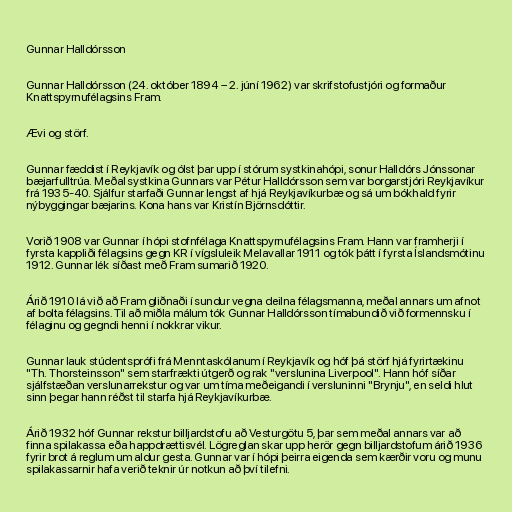
Gunnar Halldórsson

Gunnar Halldórsson (24. október 1894 – 2. júní 1962) var skrifstofustjóri og formaður
Knattspyrnufélagsins Fram.

Ævi og störf.

Gunnar fæddist í Reykjavík og ólst þar upp í stórum systkinahópi, sonur Halldórs Jónssonar
bæjarfulltrúa. Meðal systkina Gunnars var Pétur Halldórsson sem var borgarstjóri Reykjavíkur
frá 1935-40. Sjálfur starfaði Gunnar lengst af hjá Reykjavíkurbæ og sá um bókhald fyrir
nýbyggingar bæjarins. Kona hans var Kristín Björnsdóttir.

Vorið 1908 var Gunnar í hópi stofnfélaga Knattspyrnufélagsins Fram. Hann var framherji í
fyrsta kappliði félagsins gegn KR í vígsluleik Melavallar 1911 og tók þátt í fyrsta Íslandsmótinu
1912. Gunnar lék síðast með Fram sumarið 1920.

Árið 1910 lá við að Fram gliðnaði í sundur vegna deilna félagsmanna, meðal annars um afnot
af bolta félagsins. Til að miðla málum tók Gunnar Halldórsson tímabundið við formennsku í
félaginu og gegndi henni í nokkrar vikur.

Gunnar lauk stúdentsprófi frá Menntaskólanum í Reykjavík og hóf þá störf hjá fyrirtækinu
"Th. Thorsteinsson" sem starfrækti útgerð og rak "verslunina Liverpool". Hann hóf síðar
sjálfstæðan verslunarrekstur og var um tíma meðeigandi í versluninni "Brynju", en seldi hlut
sinn þegar hann réðst til starfa hjá Reykjavíkurbæ.

Árið 1932 hóf Gunnar rekstur billjardstofu að Vesturgötu 5, þar sem meðal annars var að
finna spilakassa eða happdrættisvél. Lögreglan skar upp herör gegn billjardstofum árið 1936
fyrir brot á reglum um aldur gesta. Gunnar var í hópi þeirra eigenda sem kærðir voru og munu
spilakassarnir hafa verið teknir úr notkun að því tilefni.